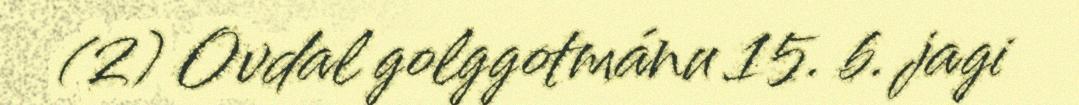
(2) Ovdal golggotmánu 15. b. jagi